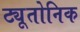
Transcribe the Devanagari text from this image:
ट्यूतोनिक